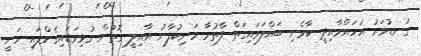
ގަނޑުވަރު އަހައްމާއިދީ ކާވެނި ބައްލަވައިގަތް ފާތުމާ މަނިކުފާނު އާއިލީ ގޮތުން ގުޅިވަޑައިގެންފައި ވަނީ